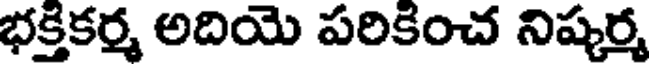
భక్తికర్మ అదియె పరికించ నిష్కర్మ